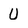
Character: U